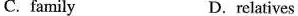
C. family D. relative